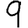
Digit: 9